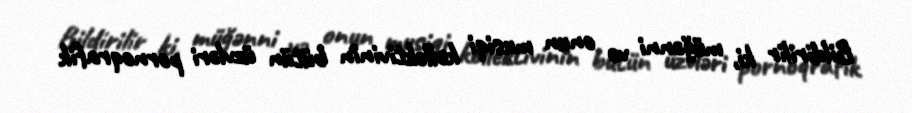
Bildirilir ki, müğənni və onun musiqi kollektivinin bütün üzvləri pornoqrafik